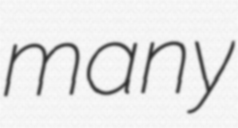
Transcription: many